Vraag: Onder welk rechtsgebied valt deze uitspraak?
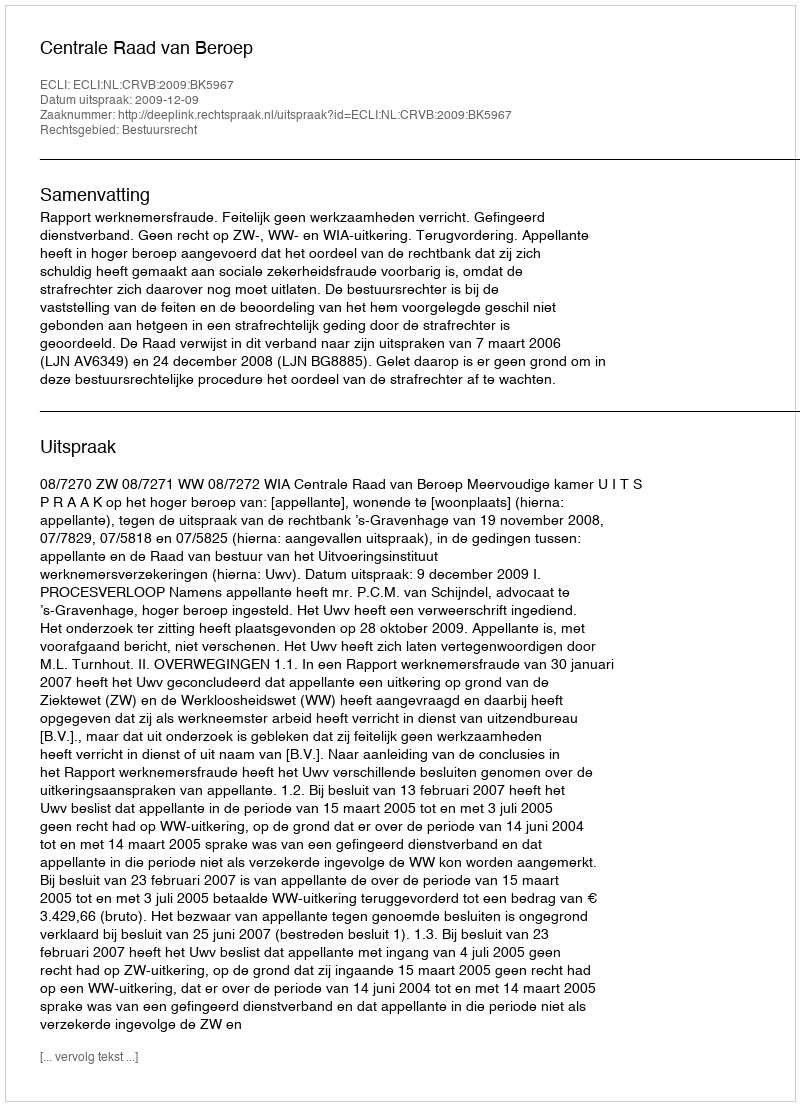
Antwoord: Bestuursrecht